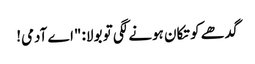
گدھے کو تکان ہونے لگی تو بولا: "اے آدمی!